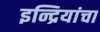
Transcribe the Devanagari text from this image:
इन्द्रियांचा